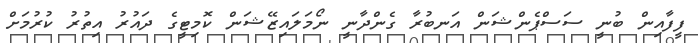
ފީފާއިން ބުނީ ސަސްޕެންޝަން އަނބުރާ ގެންދާނީ ނޯމަލައިޒޭޝަން ކޮމިޓީގެ ދައުރު އިތުރު ކުރުމަށް